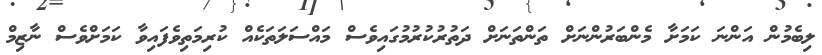
ލިބެމުން އަންނަ ކަމަށާ މެންބަރުންނަށް ތަންތަނަށް ދަތުރުކުރުމުގައިވެސް މައްސަލަތަކެއް ކުރިމަތިވެފައިވާ ކަމަށްވެސް ނާޒިމް